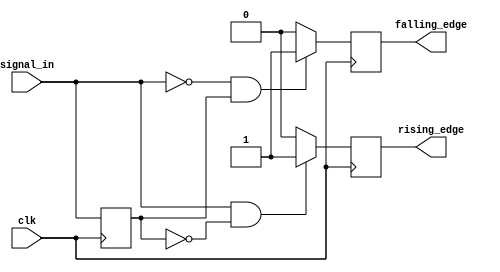
module dual_edge_detector (
    input wire clk,            // Clock signal
    input wire signal_in,      // Input signal
    output reg rising_edge,    // Rising edge output
    output reg falling_edge     // Falling edge output
);

    // Internal register to store the previous state of the input signal
    reg signal_in_prev;

    // Always block triggered on the rising edge of the clock
    always @(posedge clk) begin
        // Detect rising edge
        if (signal_in == 1'b1 && signal_in_prev == 1'b0) begin
            rising_edge <= 1'b1;   // Set rising edge signal
        end else begin
            rising_edge <= 1'b0;   // Reset rising edge signal
        end

        // Detect falling edge
        if (signal_in == 1'b0 && signal_in_prev == 1'b1) begin
            falling_edge <= 1'b1;   // Set falling edge signal
        end else begin
            falling_edge <= 1'b0;   // Reset falling edge signal
        end

        // Update the previous state of the input signal
        signal_in_prev <= signal_in;
    end

endmodule